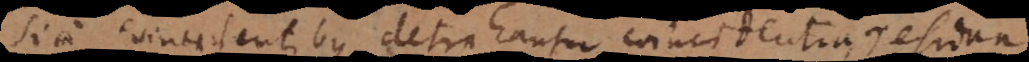
Si a coincidentibus detrahantur coincidentia, residua